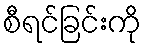
စီရင်ခြင်းကို